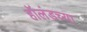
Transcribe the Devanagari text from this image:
हॉलंडच्या